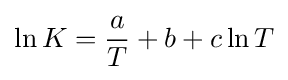
\ln K={\frac {a}{T}}+b+c\ln T